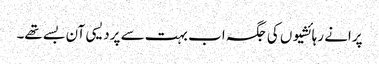
پرانے رہائشیوں کی جگہ اب بہت سے پردیسی آن بسے تھے۔